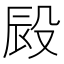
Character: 㲀